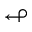
\looparrowleft